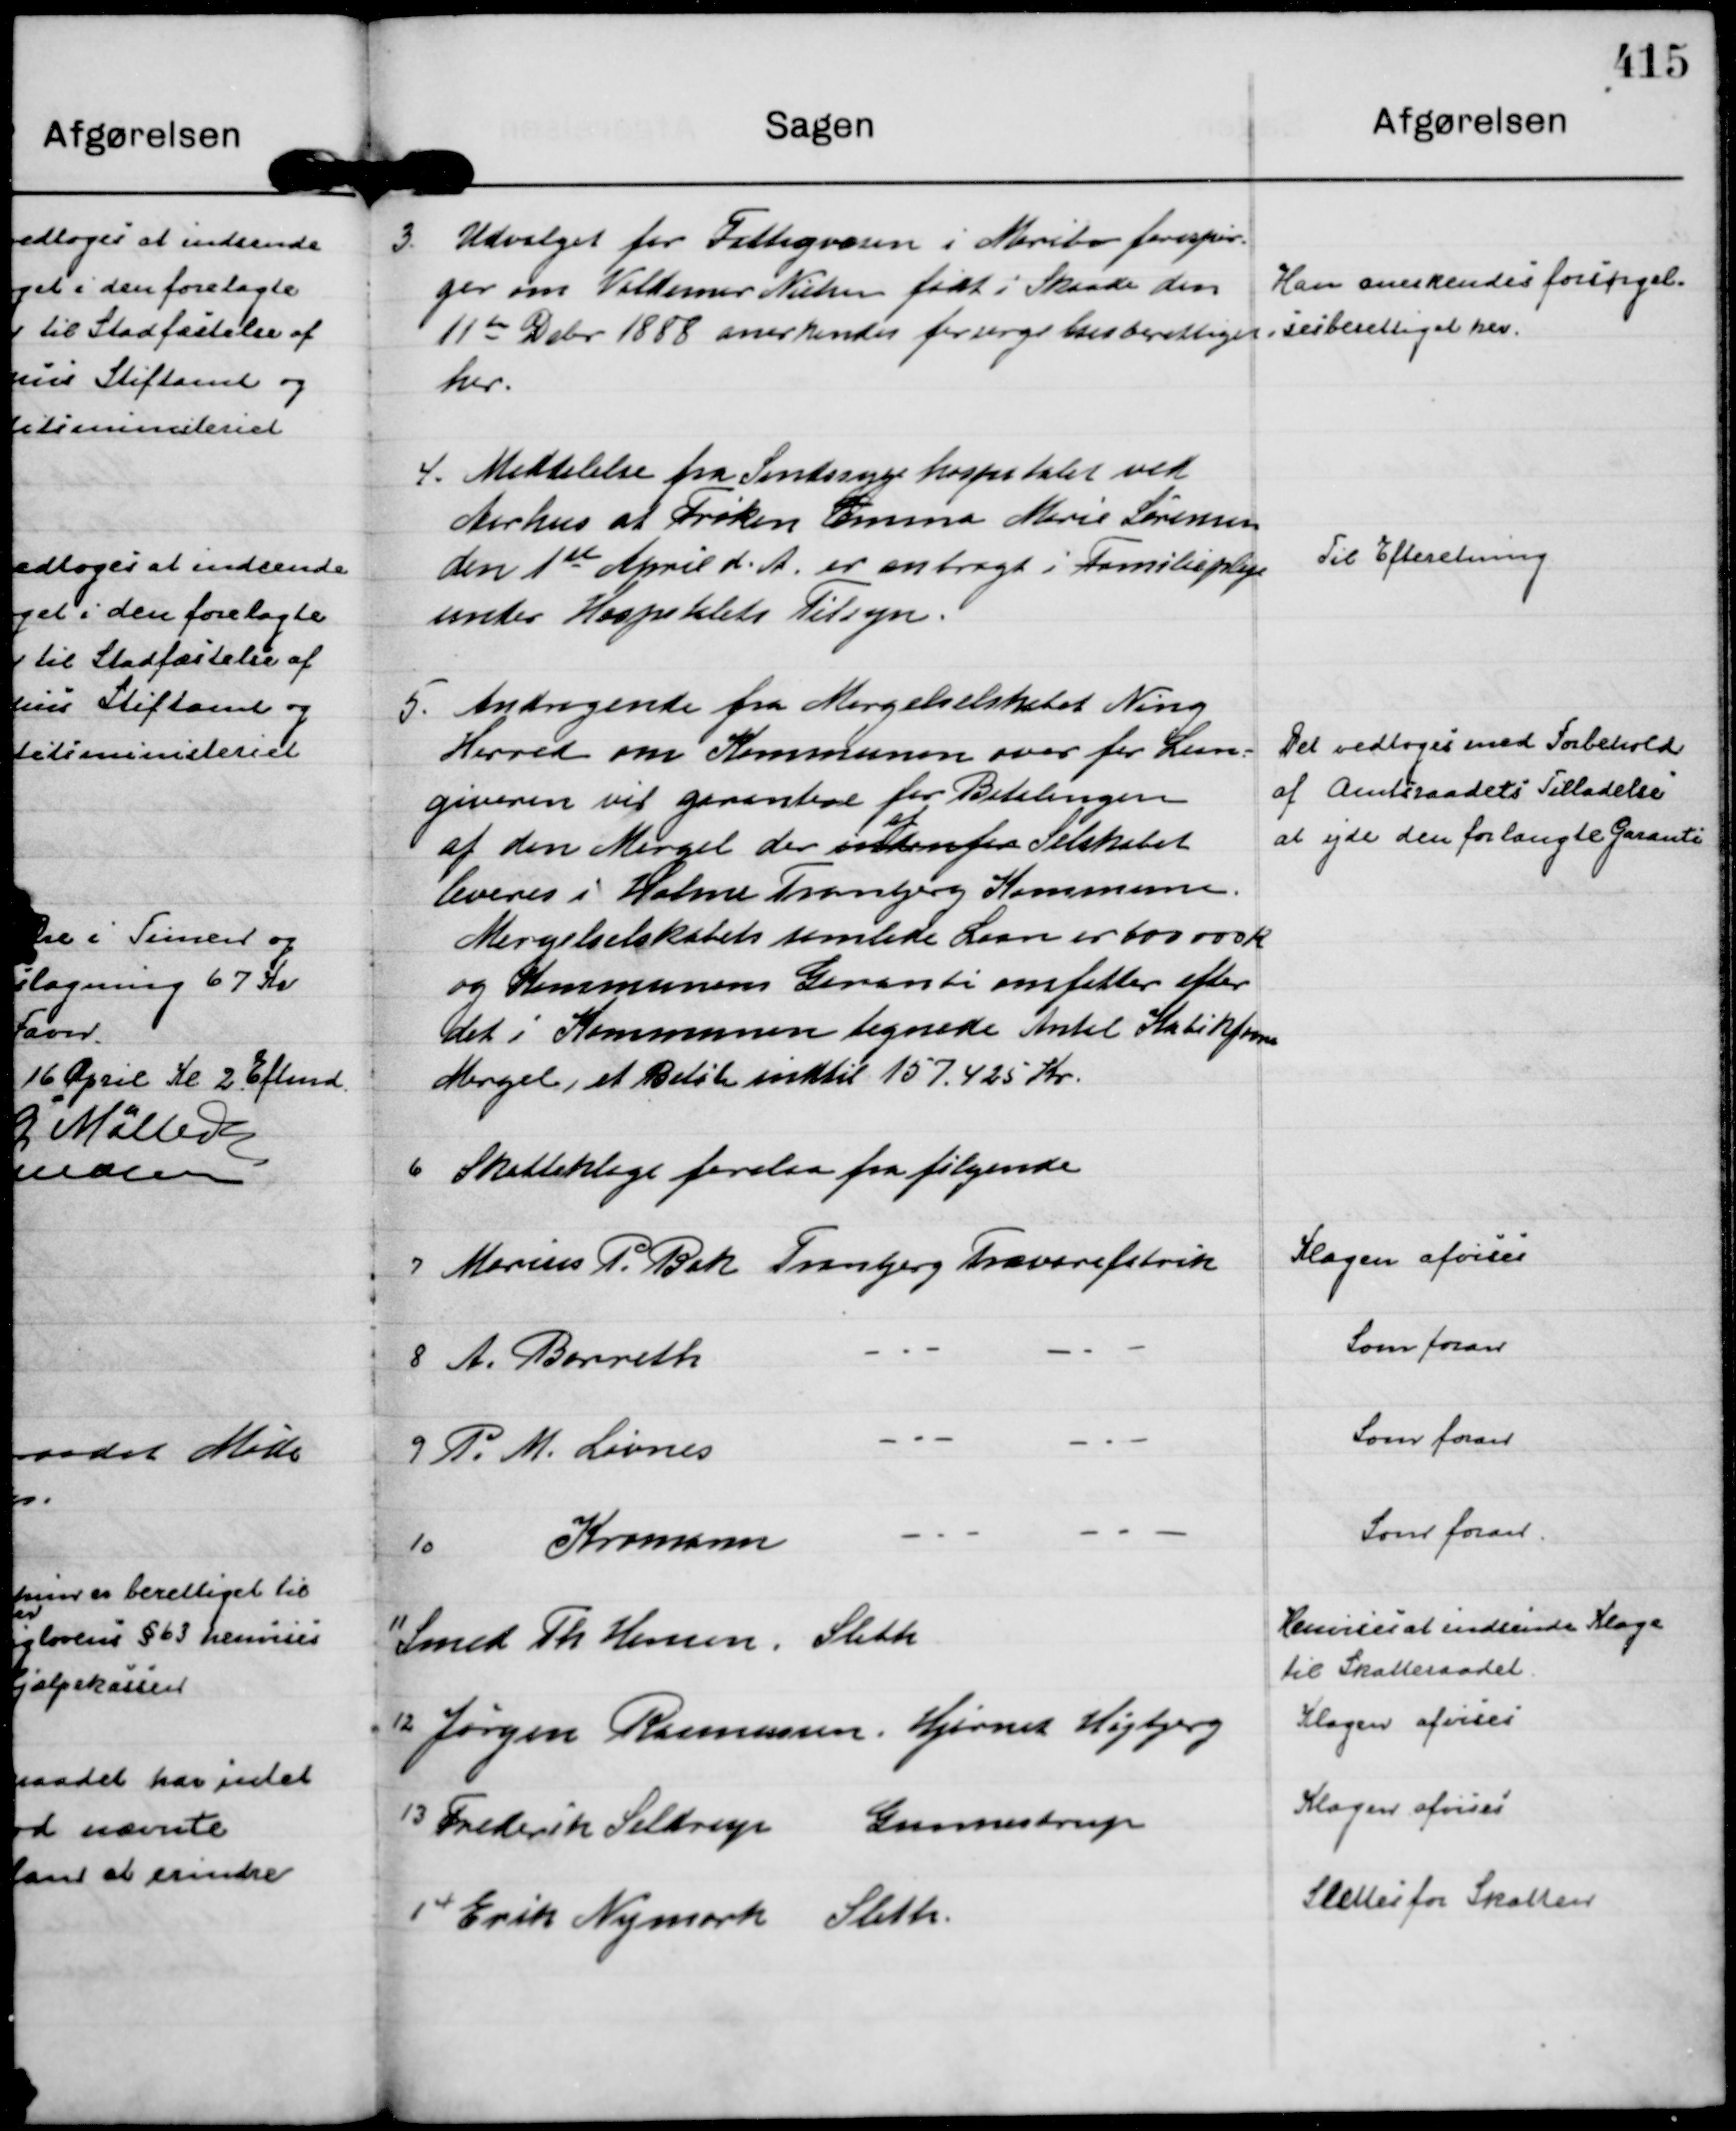
Transskription:
3.
Udvalget for Fattigvæsen i Maribo forespør=
ger om Valdemar Nielsen født i Skaade den
11 de Dcbr 1888 anerkendes forsørgelsesberettiget
her.

Han anerkendes forsørgel=
=sesberettiget her.

4.
Meddelelse fra Sindssygehospitalet ved
Aarhus at Frøken Emma Marie Sørensen
den 1 ste April d. A. er anbragt i Familiepleje
under Hospitalets Tilsyn.

Til Efteretning

5.
Andragende fra Mergelselskabet Ning
Herred om Kommunen over for Laan.=
giveren vil garantere for Betalingen
af den Mergel der indenfor
af
Selskabet
leveres i Holme Tranbjerg Kommune.
Mergelselskabets samlede Laan er 600000 K
og Kommunens Garanti omfatter efter
det i Kommunen tegnede Antal Kubikfavn
Mergel, et Beløb indtil 157.425 Kr.

Det vedtoges med Forbehold
af Amtsraadets Tilladelse
at yde den forlangte Garanti

6
Skatteklage forelaa fra følgende

7
Marius P. Bak Tranbjerg Trævarefabrik

Klagen afvises

8
A. Barreth
- " -
- " -

Som foran

9
P. M. Løvnes
- " -
- " -

Som foran

10
Kromann
- " -
- " -

Som foran.

11
Smed Th Hansen, Sleth

Henvises at indsende Klage
til Skatteraadet.

12
Jørgen Rasmussen, Hjørnet Højbjerg

Klagen afvises

13
Frederik Seldrup
Gunnestrup

Klagen afvises

14
Erik Nymark Sleth.

Slettes for Skatten